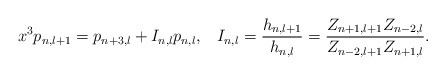
\begin{align*}x^{3}p_{n,l+1}=p_{n+3,l}+I_{n,l}p_{n,l},\;\;\;I_{n,l}=\frac{h_{n,l+1}}{h_{n,l}}=\frac{Z_{n+1,l+1}Z_{n-2,l}}{Z_{n-2,l+1}Z_{n+1,l}}.\end{align*}